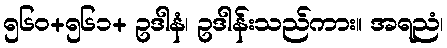
၅၆၀+၅၆၁+ ဥဒါနံ၊ ဥဒါန်းသည်ကား။ အရညံ၊